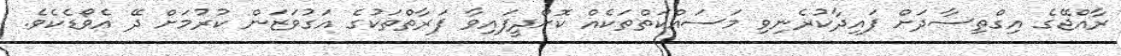
ރާއްޖޭގެ އިގްތިސާދަށް ފައިދާކުރެނިވި މަސައްކަތްތަކެއް ކޮށްދީފައިވާ ފަރާތްތަކުގެ އަގުވަޒަން ކުރުމަށް ދޭ އެވޯޑެކެވެ.